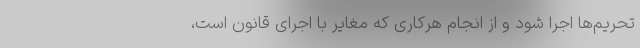
تحریم‌ها اجرا شود و از انجام هرکاری که مغایر با اجرای قانون است،